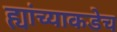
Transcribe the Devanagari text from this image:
ह्यांच्याकडेच